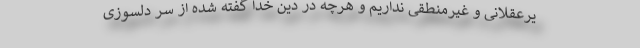
یرعقلانی و غیرمنطقی نداریم و هرچه در دین خدا گفته شده از سر دلسوزی